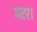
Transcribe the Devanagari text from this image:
मटर।